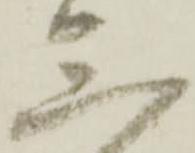
三